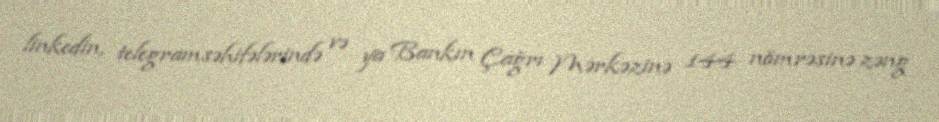
linkedin, telegramsəhifələrində və ya Bankın Çağrı Mərkəzinə 144 nömrəsinə zəng